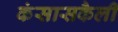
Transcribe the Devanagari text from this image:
कंसासकैली